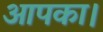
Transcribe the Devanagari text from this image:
आपका।